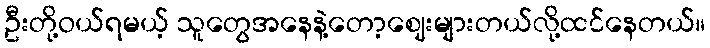
ဦးတို့ဝယ်ရမယ့် သူတွေအနေနဲ့တော့ဈေးများတယ်လို့ထင်နေတယ်။